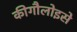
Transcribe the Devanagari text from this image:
कीगौलोइसे